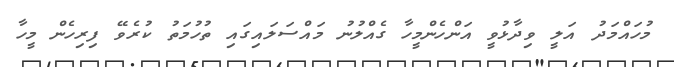
މުހައްމަދު އަލީ ވިދާޅުވީ އަންހެންމީހާ ގެއްލުނު މައްސަލައިގައި ތުހުމަތު ކުރެވޭ ފިރިހެން މީހާ